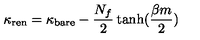
\kappa _ { \mathrm { r e n } } = \kappa _ { \mathrm { b a r e } } - \frac { N _ { f } } { 2 } \tanh ( \frac { \beta m } { 2 } )